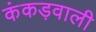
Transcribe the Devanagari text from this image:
कंकड़वाली